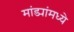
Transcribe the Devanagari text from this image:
मांड्यांमध्ये